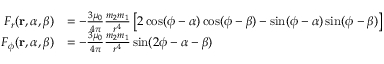
{ \begin{array} { r l } { F _ { r } ( \mathbf { r } , \alpha , \beta ) } & { = - { \frac { 3 \mu _ { 0 } } { 4 \pi } } { \frac { m _ { 2 } m _ { 1 } } { r ^ { 4 } } } \left[ 2 \cos ( \phi - \alpha ) \cos ( \phi - \beta ) - \sin ( \phi - \alpha ) \sin ( \phi - \beta ) \right] } \\ { F _ { \phi } ( \mathbf { r } , \alpha , \beta ) } & { = - { \frac { 3 \mu _ { 0 } } { 4 \pi } } { \frac { m _ { 2 } m _ { 1 } } { r ^ { 4 } } } \sin ( 2 \phi - \alpha - \beta ) } \end{array} }